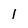
Character: l